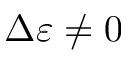
\Delta \varepsilon \neq 0